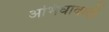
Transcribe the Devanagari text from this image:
अभिघावादी